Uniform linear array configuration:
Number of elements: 32
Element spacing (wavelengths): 0.25
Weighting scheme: binomial
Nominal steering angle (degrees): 30
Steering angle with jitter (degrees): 29.192
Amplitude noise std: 0.05
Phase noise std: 0.05

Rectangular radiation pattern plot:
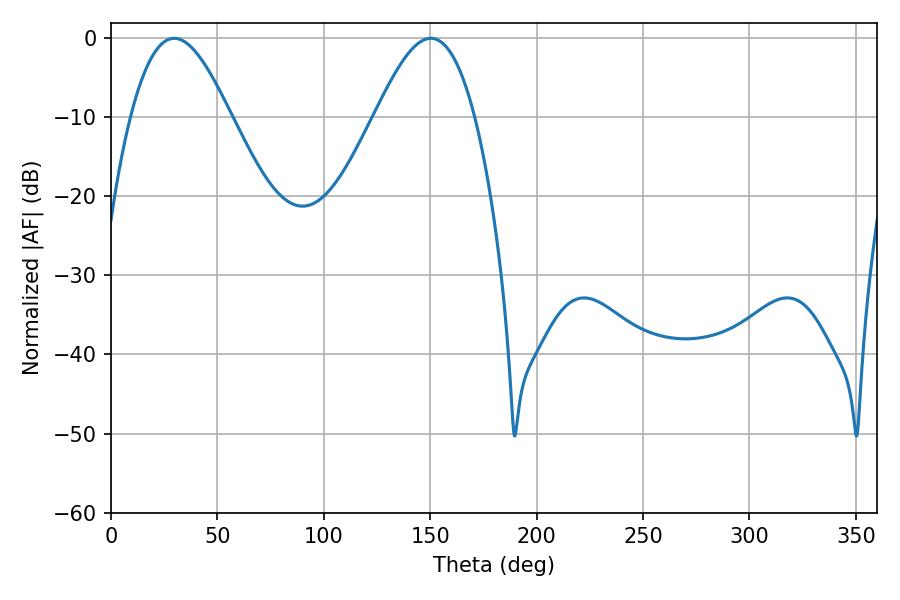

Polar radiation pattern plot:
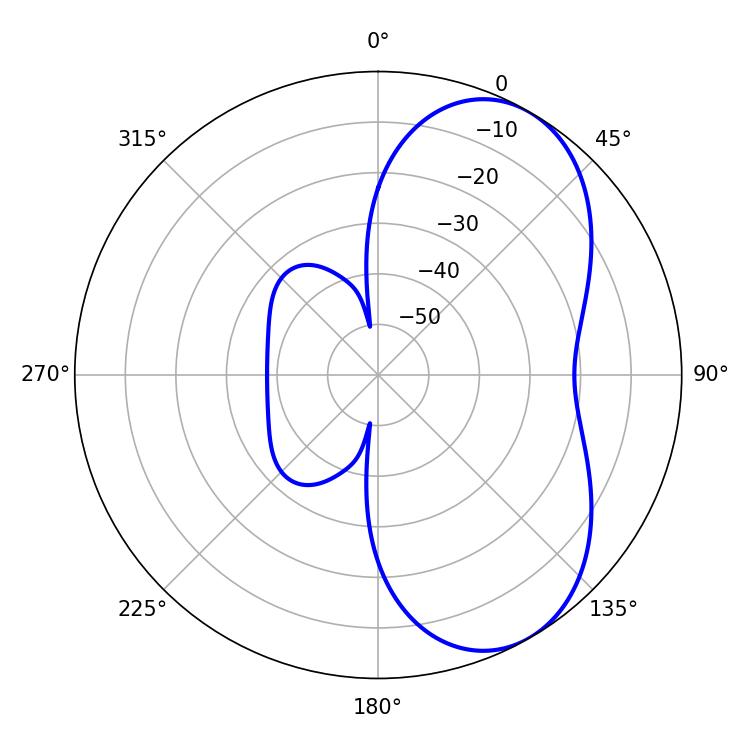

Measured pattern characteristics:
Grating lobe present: FALSE
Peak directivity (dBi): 5.973
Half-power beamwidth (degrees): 25.2
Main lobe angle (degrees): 29.7